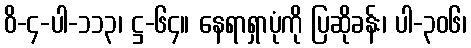
ဝိ-၄-ပါ-၁၁၃၊ ဋ္ဌ-၆၄။ နေရာရှာပုံကို ပြဆိုခန်း၊ ပါ-၃၀၆၊